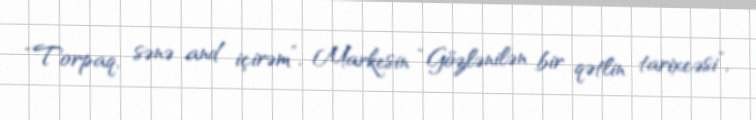
“Torpaq, sənə and içirəm”, Markesin “Gözlənilən bir qətlin tarixcəsi”,